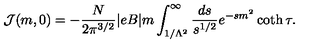
{ \cal J } ( m , 0 ) = - \frac { N } { 2 \pi ^ { 3 / 2 } } | e B | m \int _ { 1 / \Lambda ^ { 2 } } ^ { \infty } \frac { d s } { s ^ { 1 / 2 } } e ^ { - s m ^ { 2 } } \coth \tau .